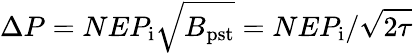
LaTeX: \Delta P=NEP_{\mathrm{i}}\sqrt{B_{\mathrm{pst}}}=NEP_{\mathrm{i}}/\sqrt{2\tau}